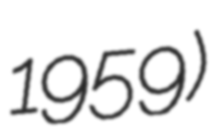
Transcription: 1959)